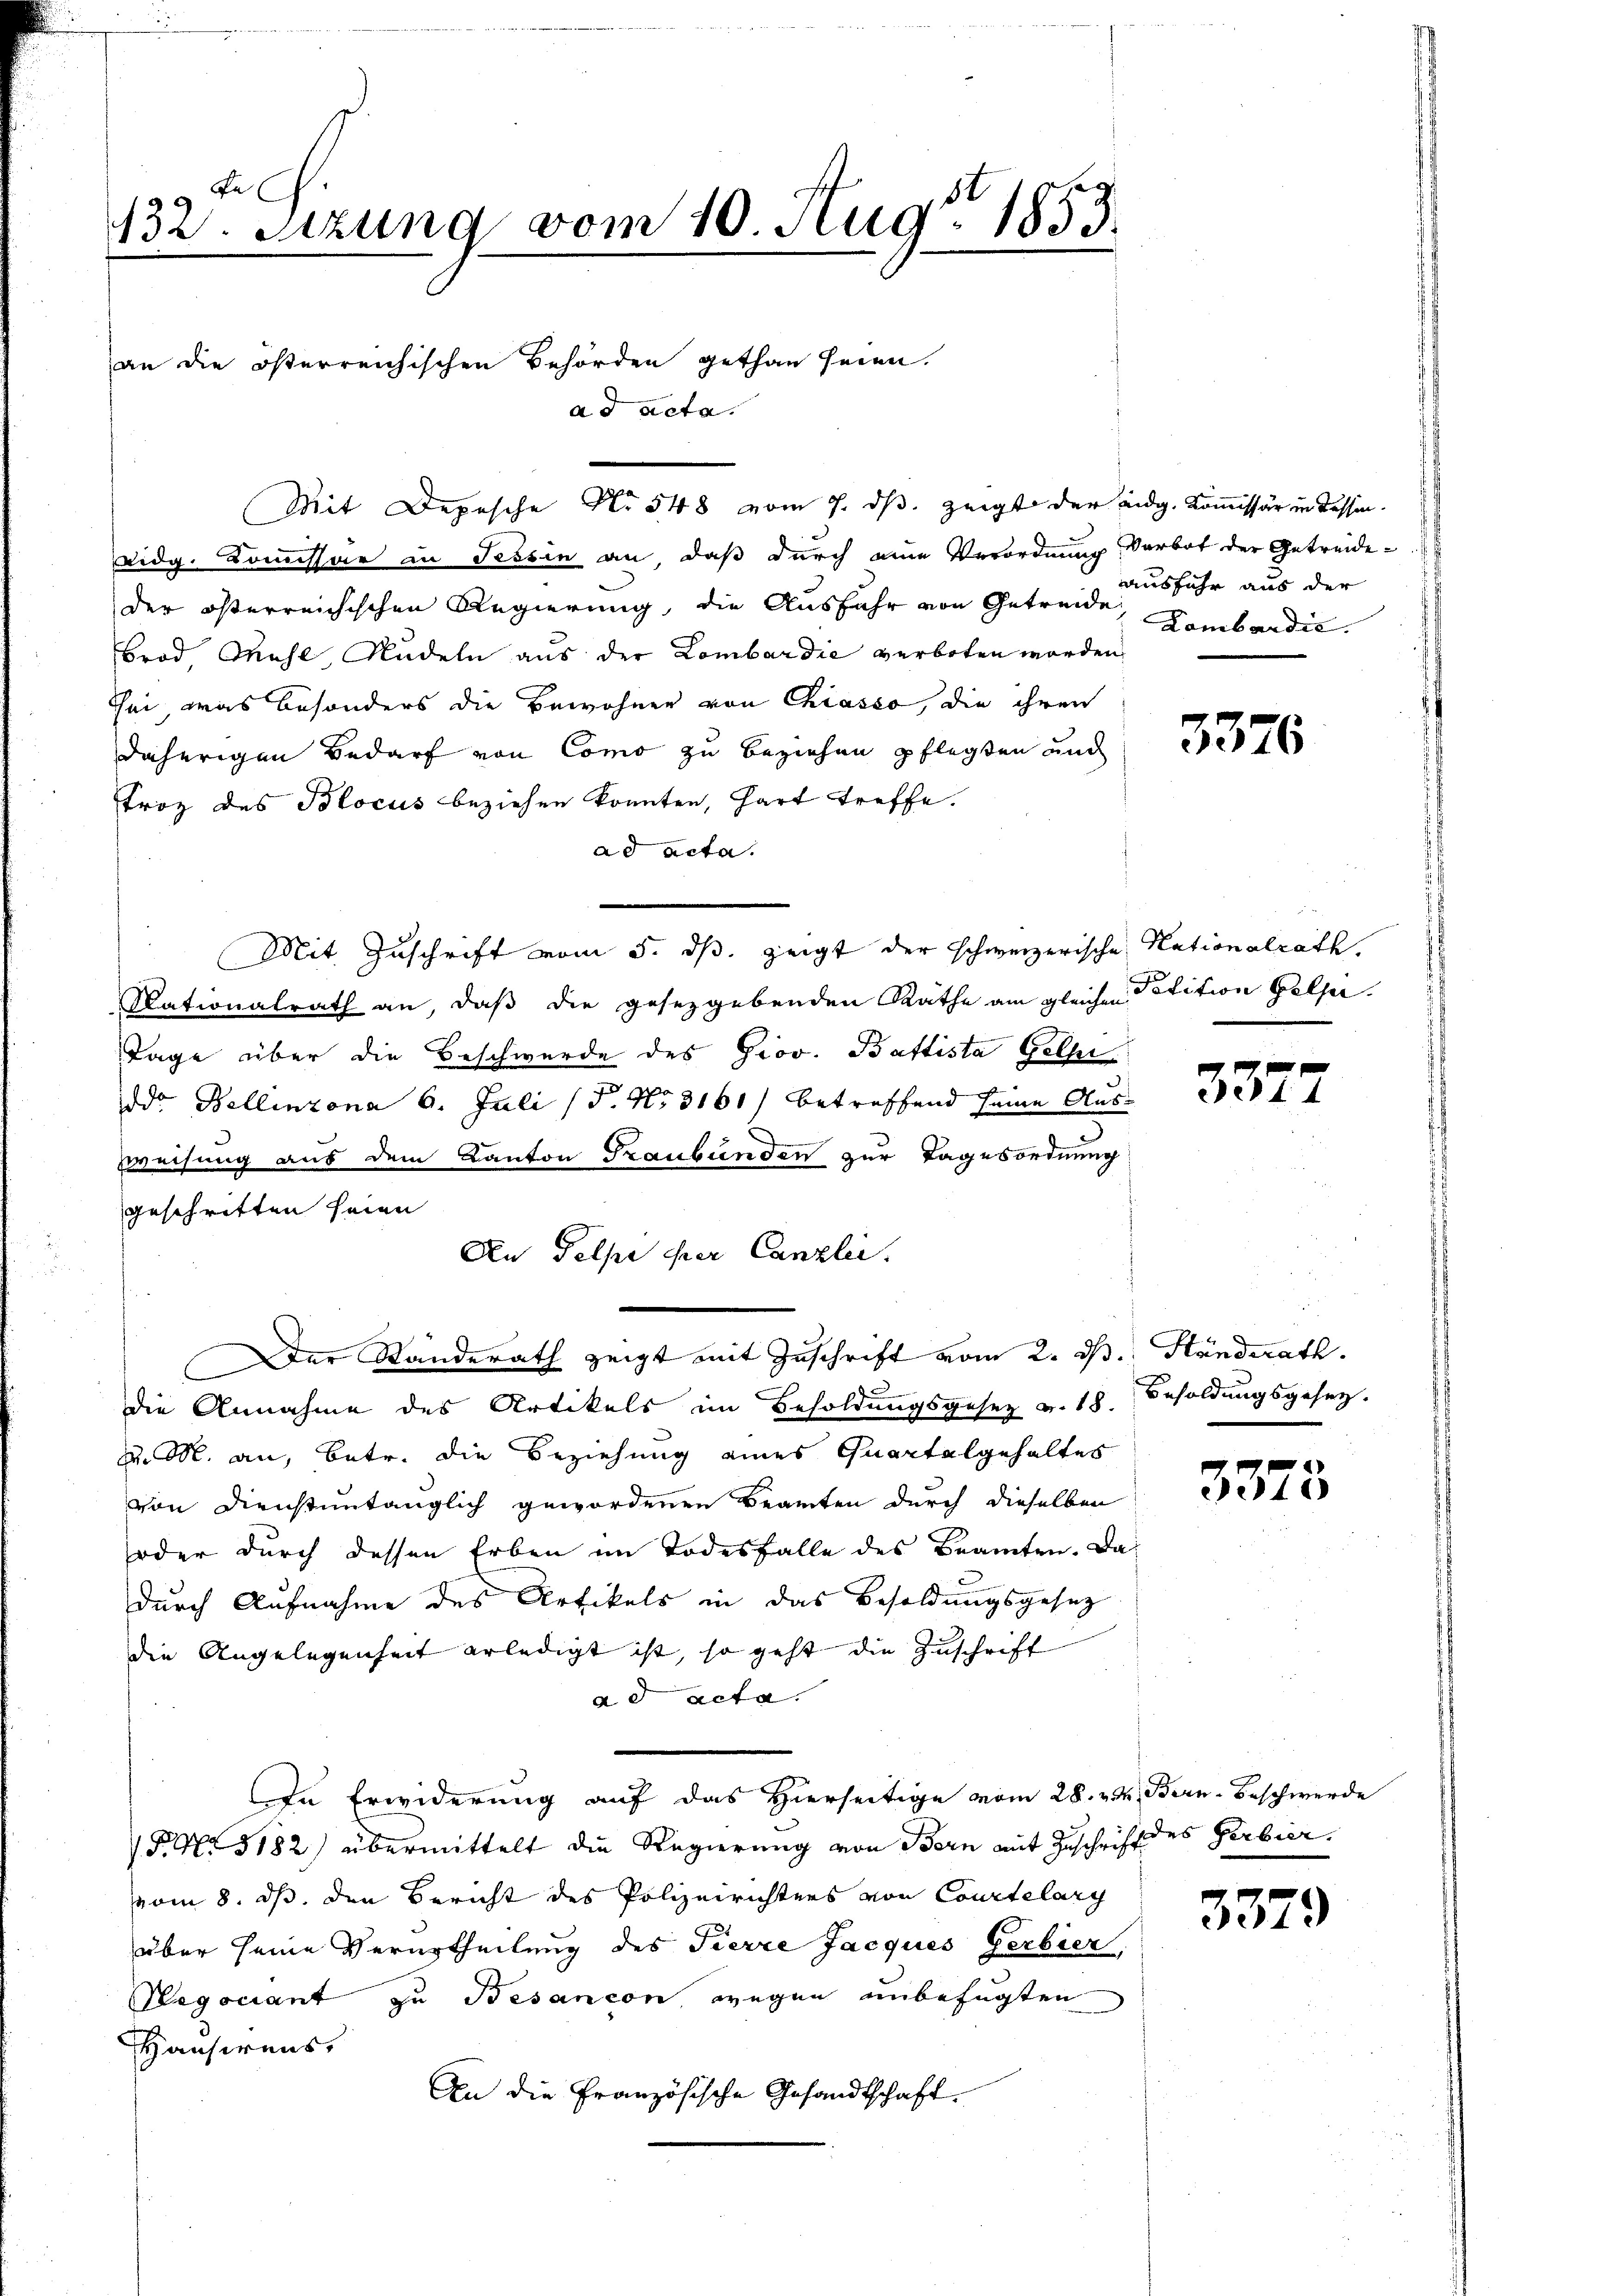
132. Sitzung vom 10. Aug. 1853.

an die österreichischen Behörden gethan seien.
ad acta.

eidg. Kommissär in Tessin an, daß durch eine Verordnung verbot der Getreideder österreichischen Regierung, die Ausfahr von Getreide
Brod Wohl, Rudeln aus der Lombardie verboten worden,
ei, was besonders die Bewohner von Chiasso, die ihren
daherigen Bedarf von Como zu beziehen pflegten und
Troz des Blocus beziehen konnten, hart treffe.
ad acta.
Mit Zuschrift vom 5. ds. zeigt der schweizerische Nationalrath.
Nationalrath an, daß die gesetzgebenden Rathe am gleichen Petition Golse
Tage über die Beschwerde des Prov. Battista Gelhi
dd. Bellinzona 6. Juli (§. No 3161) betreffend seine Auszweisung aus dem Kanton Graubünden zur Tagesordnung
geschritten seien.
An Pelpe der Canzlei.
Der Standerath zeigt mit Zuschrift vom 2. ds. Händerath.
die Annahme des Artikels im Besoldungsgesez v. 18. Besoldungsgesetz-
d. M. an, betr. die Beziehung eines Quartalgehaltes
von Dienstuntänglich gewordenen Beamten durch dieselben
oder durch dessen Erben im Todesfalle des Beamten. Da
durch Aufnahme des Artikels in das Besoldungsgesetz
die Angelegenheit erledigt ist, so geht die Zuschrift
ad acta.
In Erwiderung auf das Hierseitige vom 28. v. Bern-Beschwerde
P. Nr. 3182) übermittelt die Regierung von Bern mit Zuschrift des Gerbier
vom 8. ds. den Bericht des Polizeirichters von Courtelary
über seine Verurtheilung des Fierze Jacques Gerbier,
Regociant zu Besancon, wegen unbefügten
Hausirens,
An die Französische Gesandtschaft.

Mit Depesche No 548 vom 7. ds. zeigt der eidg. Kommissär in dessen

Ausfuhr aus der
Lombardić.

3376

33.

3373

3379